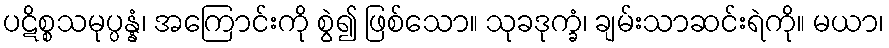
ပဋိစ္စသမုပ္ပန္နံ၊ အကြောင်းကို စွဲ၍ ဖြစ်သော။ သုခဒုက္ခံ၊ ချမ်းသာဆင်းရဲကို။ မယာ၊